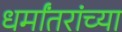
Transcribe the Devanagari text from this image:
धर्मांतरांच्या